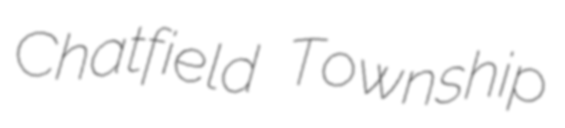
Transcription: Chatfield Township